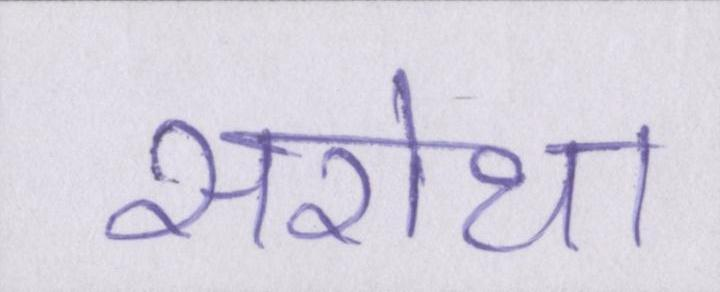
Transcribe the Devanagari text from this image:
सरोथा